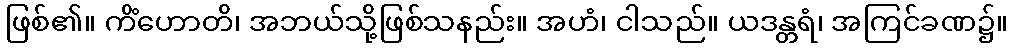
ဖြစ်၏။ ကိံဟောတိ၊ အဘယ်သို့ဖြစ်သနည်း။ အဟံ၊ ငါသည်။ ယဒန္တရံ၊ အကြင်ခဏ၌။